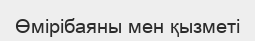
Өмірібаяны мен қызметі